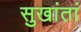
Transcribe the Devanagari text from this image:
सुखांतां